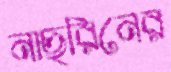
নাছরিনের